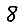
Digit: 8